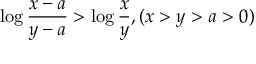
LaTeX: \log \frac { x - a } { y - a } > \log \frac { x } { y } , ( x > y > a > 0 )